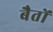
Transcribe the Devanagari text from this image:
बैतों